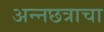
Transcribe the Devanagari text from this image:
अन्नछत्राचा